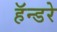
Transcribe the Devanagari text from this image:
हॅन्डरे